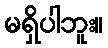
မရှိပါဘူး။